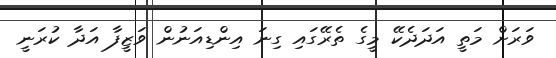
ވަރަށް މަތީ އަދަދެކޭ މީގެ ތެރޭގައި ގިނަ އިންޑިއަނުން ވަޒީފާ އަދާ ކުރަނީ